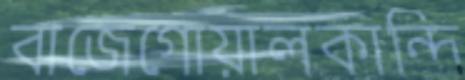
বাজেগোয়ালকান্দি